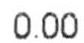
0.00